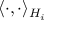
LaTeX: \langle \cdot , \cdot \rangle _ { H _ { i } }